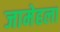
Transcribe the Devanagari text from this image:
जामेहला